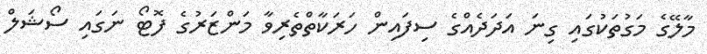
މާލޭގެ މަގުތަކުގައި ގިނަ އަދަދެއްގެ ސިފައިން ހަރަކާތްތެރިވާ މަންޒަރުގެ ފޮޓޯ ނަގައި ސޯޝަލް